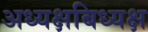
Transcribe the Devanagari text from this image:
अध्यक्षबिध्यक्ष